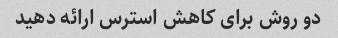
دو روش برای کاهش استرس ارائه دهید